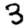
Digit: 3